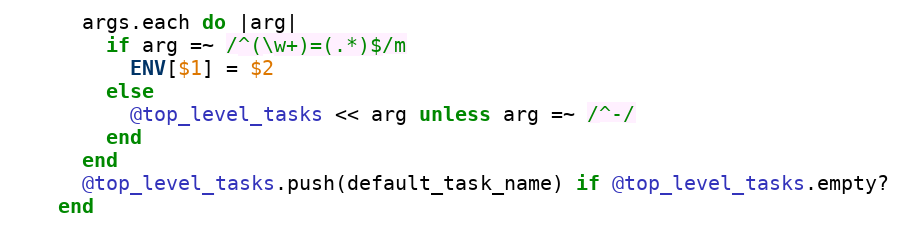
Language: Ruby
      args.each do |arg|
        if arg =~ /^(\w+)=(.*)$/m
          ENV[$1] = $2
        else
          @top_level_tasks << arg unless arg =~ /^-/
        end
      end
      @top_level_tasks.push(default_task_name) if @top_level_tasks.empty?
    end